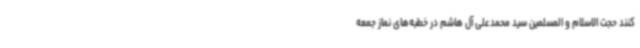
کنند حجت الاسلام و المسلمین سید محمدعلی آل هاشم در خطبه‌های نماز جمعه